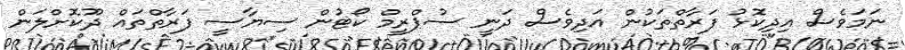
ނަމަވެސް އިދިކޮޅު ފަރާތްތަކުން އަދިވެސް ދަނީ ސުޕްރީމް ކޯޓުން ސިޔާސީ ފަރާތްތައް ދޫކޮށްލަން